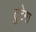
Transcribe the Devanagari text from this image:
टुटेगा